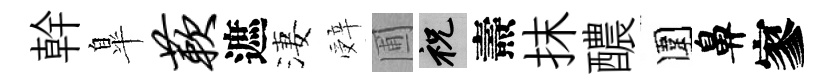
幹臯蔌遮淒辤圃祝燾抹醲圍鼻寥